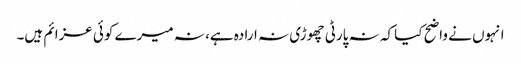
انہوں نے واضح کیا کہ نہ پارٹی چھوڑی نہ ارادہ ہے، نہ میرے کوئی عزائم ہیں۔